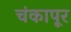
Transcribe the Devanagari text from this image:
चंकापूर